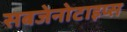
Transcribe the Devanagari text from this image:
सबजेनोटाइप्स